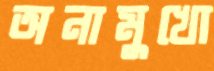
অনামুখো